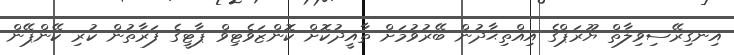
އިނގިރޭސިވިލާތް ޔޫރަޕްގެ އިއްތިޙާދުން ބޭރުވުމަށް ތާއީދުކޮށް ކޮންޒަވެޓިވް ޕާޓީގެ ފަރާތުން ކުރި ކޭންޕޭން